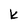
Character: k